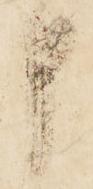
申